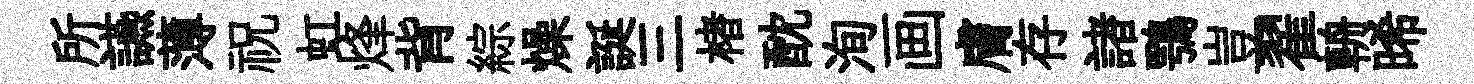
所讌薄祝虹烽背綜燥誕三楮酖洵画膚存諸鶚豈翟輈晞